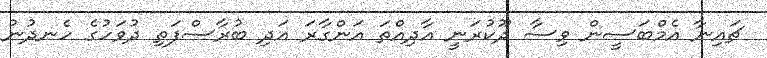
ޗައިނާ އެމްބަސީން ވިސާ ދޫކުރަނީ އާދިއްތަ އަންގާރަ އަދި ބުރާސްފަތި ދުވަހުގެ ހެނދުނު